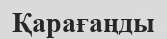
Қарағаңды